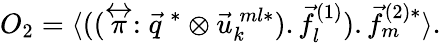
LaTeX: O_{2}={\langle}((\stackrel{\leftrightarrow}{\pi}:\vec{q}^{\: *}\otimes{\vec{u}_{k}^{\: ml*})}.{\vec{f}_{l}^{(1)}}).{\vec{f}_{m}^{(2)*}}{\rangle}.